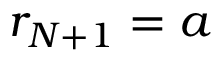
r _ { N + 1 } = a